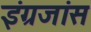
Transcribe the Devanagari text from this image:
इंग्रजांस